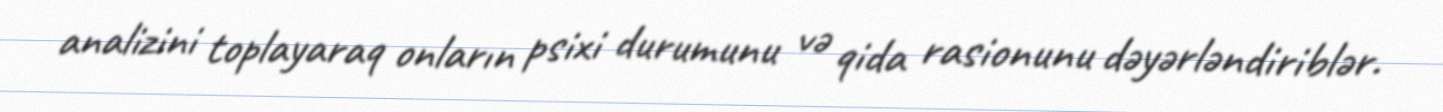
analizini toplayaraq onların psixi durumunu və qida rasionunu dəyərləndiriblər.